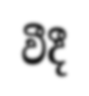
වීදී